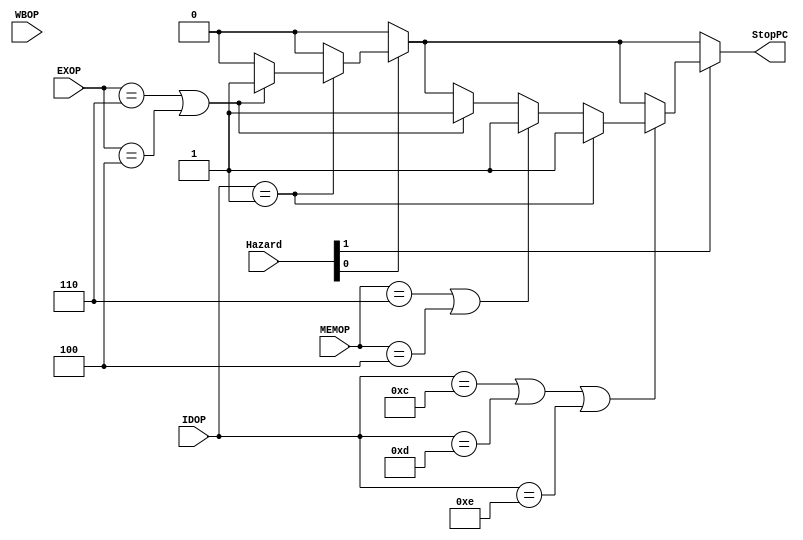
module BCHazardControlUnit(input [3:0] IDOP, EXOP, MEMOP, WBOP,
							input [1:0]Hazard,
							output reg StopPC);
						   
always @(*)
begin
	StopPC = 00;
	//if we have an A type hazard:
	if(Hazard[0])
	begin
		//if we have an A-type in ID:
		if(IDOP == 4'b0001)
		begin
			//if we have a LW in EX:
			if((EXOP == 4'b0110)||(EXOP == 4'b0100))
				StopPC=01;
		end
	end
	
	if(Hazard[1])
	begin
		//If we have a branch in ID:
		if((IDOP == 4'b1100)||(IDOP == 4'b1101)||(IDOP == 4'b1110))
		begin

			//if we have a A-type in EX:
			if(IDOP == 4'b0001)
			begin
				StopPC= 01;
			end
			//If we have a LW in MEM
			else if((MEMOP == 4'b0110)||(MEMOP == 4'b0100))
			begin
				StopPC=01;
			end
			//If we have a LW in EX
			else if((EXOP == 4'b0110)||(EXOP == 4'b0100))
			begin
				StopPC=01;
			end
		end
		
		
	end
end
endmodule